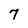
Character: 7